Report of the Hyderabad Chloroform Commission
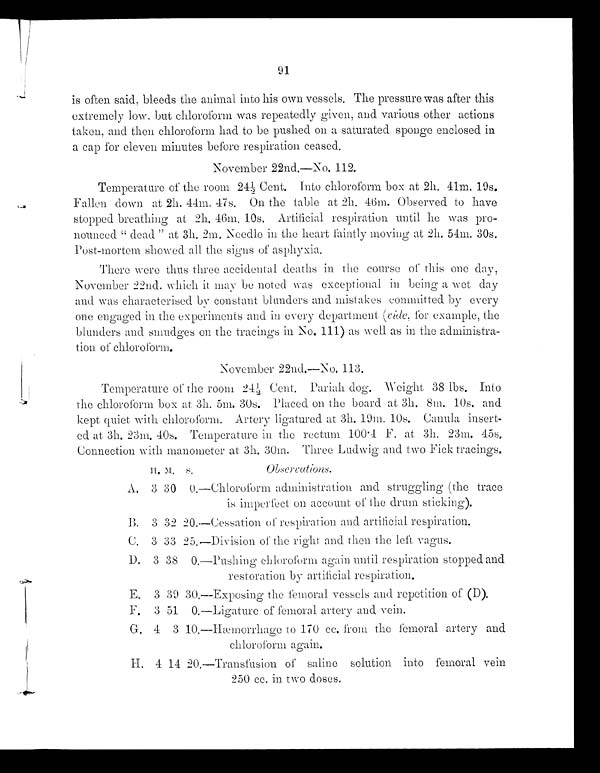
91
is often said, bleeds the animal into his own vessels. The pressure was after this
extremely low, but chloroform was repeatedly given, and various other actions
taken, and then chloroform had to be pushed on a saturated sponge enclosed in
a cap for eleven minutes before respiration ceased
.
November 22nd.—No . 112
.
Temperature of the room 24 ½ C e n t .
I n t o c h l o r o f o r m
b o x a t
2 h .
4 1 m . 1 9 s .
Fallen down at 2h. 44m. 47s. On the table at 2h. 46m. Observed to have
stopped breathing at 2h. 46m, 10s. Artificial respiration until he was pro
- n o u n c e d
“ d e a d
” a t 3 h . 2 m . N e e d l e i n t h e h e a r tf
a i n t l y m o v i n g
a t
2 h .
54m.
30s.
Post-mortem showed all the signs of asphyxia.
There were thus three acciden tal deaths in the course of this one day,
November 22nd. which it may be noted was exceptional in being a wet day
and was characterised by constant Plunders and mist akes committedby every
one engaged in the experiments and in every department (v i d e
, for example, the
blunders and smudges on the tracings in No. 111) as well as in the administra
-tion of chloroform.
November 22nd.—No. 113
Temperature of the room 24½, Cent. Pariah dog. Weight 38 lbs.
I n t o
t h e c h l o r o f o r m b o x a t 3 h .
5 m .
3 0 s . P l a c e d o n t h e
b o a r d
a t 3 h . 8 m .
1 0 s .
a n d k e p t q u i e t w i t h
c h l o r o f o r m .
A r t e r y l i g a t u r e d a t
3 h .
1 9 m .
1 0 s . C a n u l a
insert
-ed at 3h. 23m. 40s. Temperature in the rectum 100·4 F. at 3h. 2m. 45s.
Connection with manometer
at 3h. 30m. Three Ludwig and two Fick tracings
H . M . S
Observations.
A. 3 30 0.—Chloroform administration and struggling (the trace
is imperfect on account of the drum sticking).
B. 3 32 20.—Cessation of respiration and artificial r e s pi r a t i on.
C. 3 33 25.—Division of the right and then the left v a g u s
.
D. 3 38 0.—Pushing chloroform again until respiration stopped and
restoration by artificial respiration
.
E. 3 39 30.—Exposing the femoral vessels and repetition of (D).
F. 3 51 0.—Ligature of femoral a r t e r y a n d v e i n .
G. 4 3 10.—Hæmorrhage to 170 cc. from the femoral artery and
chloroform again.
H . 4 1 4 2 0 . — T r a n s f u s i o n o f s a l i n e s o l u t i o n i n t o f e m o r a l vein
250 cc. in two doses.